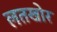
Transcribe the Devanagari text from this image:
लतखोर